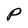
Character: P